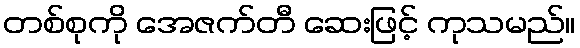
တစ်စုကို အေဇက်တီ ဆေးဖြင့် ကုသမည်။